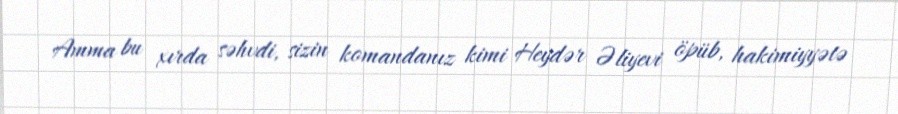
Amma bu xırda səhvdi, sizin komandanız kimi Heydər Əliyevi öpüb, hakimiyyətə